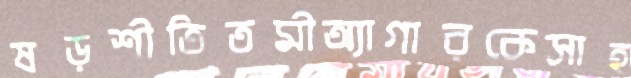
ষড়শীতিতমীঅ্যাগারকেসাহ